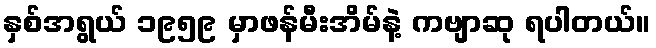
နှစ်အရွယ် ၁၉၅၉ မှာဖန်မီးအိမ်နဲ့ ကဗျာဆု ရပါတယ်။